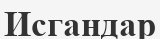
Исгандар